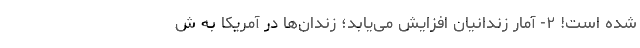
شده است! ۲- آمار زندانیان افزایش می‌یابد؛ زندان‌ها در آمریکا به ش